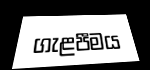
ගැළපීමය